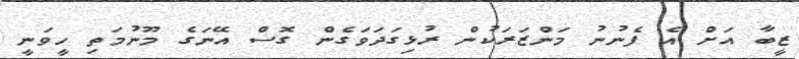
ޒީބާ އަށް އެ ފެނުނު މަންޒަރަކުން ރުޅިގަދަވަގެން ގޮސް އޭނަގެ މޫނުމަތި ހީވަނީ